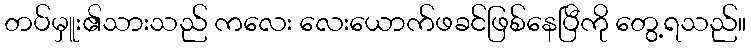
တပ်မှူး၏သားသည် ကလေး လေးယောက်ဖခင်ဖြစ်နေပြီကို တွေ့ရသည်။